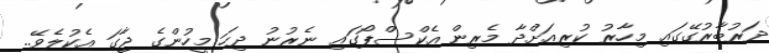
ދަރުބާރުގޭގައި މިހާރު ކުރިއަށްދާ މެރިން އެކްސްޕޯގައި ނެރުނު ދިހަ މީހުންގެ ޖާގަ އެކުލެވޭ..